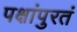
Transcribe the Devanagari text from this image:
पक्षांपुरतं